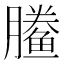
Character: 䲢